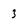
Character: 3